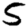
Digit: 5